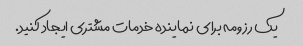
یک رزومه برای نماینده خدمات مشتری ایجاد کنید.